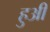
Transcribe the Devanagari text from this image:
हुअी